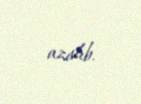
azalıb.